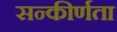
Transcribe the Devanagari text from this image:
सन्कीर्णता